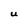
Character: U